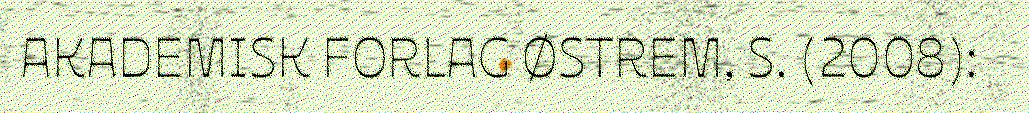
AKADEMISK FORLAG ØSTREM, S. (2008):